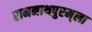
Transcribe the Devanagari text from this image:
रामनाथपुरम्‌ला